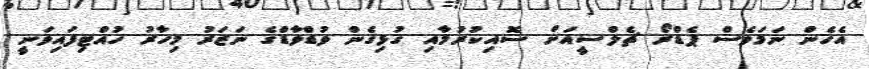
އެހެން ނަމަވެސް ޕެޑްރޯ ޗެލްސީއަށް ސޮއިކުރުމާއި ގުޅިގެން ވުޑްވާޑްގެ ނަޒަރު މިހާރު ހުއްޓިފައިވަނީ